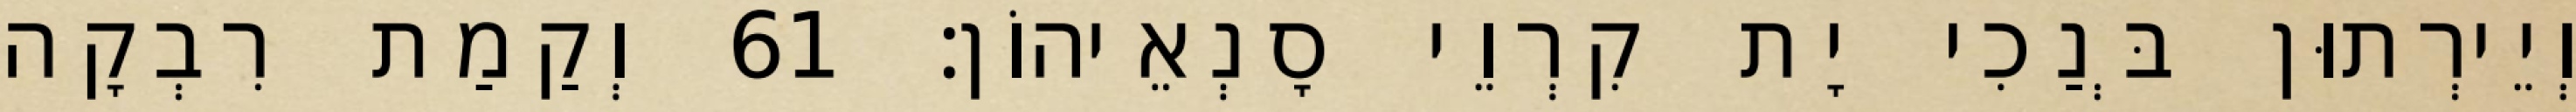
וְיֵירְתוּן בְּנַכִי יָת קִרְוֵי סָנְאֵיהוֹן׃ 61 וְקַמַת רִבְקָה